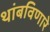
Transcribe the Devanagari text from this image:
थांबविणारे